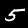
Digit: 5